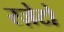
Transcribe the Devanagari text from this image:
स्ज़ेटो